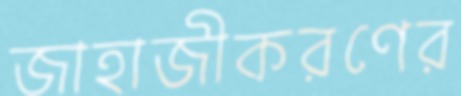
জাহাজীকরণের